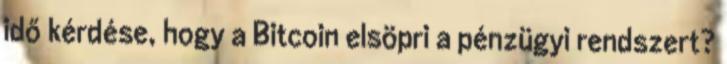
idő kérdése, hogy a Bitcoin elsöpri a pénzügyi rendszert?